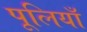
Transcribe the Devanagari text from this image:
पूलियाँ